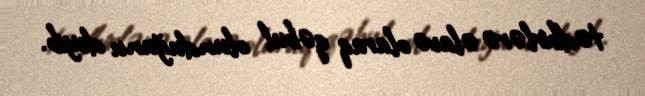
tədbirlərə əlavə olaraq qəbul olunduğunu deyib.